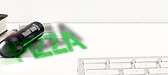
Pizza